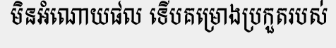
មិនអំណោយផល ទើបគម្រោងប្រកួតរបស់